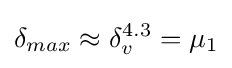
\delta _{max}\approx \delta _{v}^{4.3}=\mu _{1}